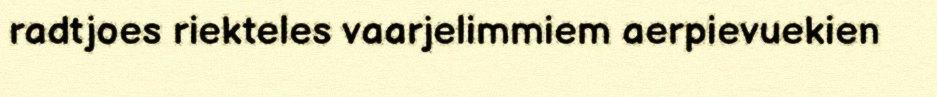
radtjoes riekteles vaarjelimmiem aerpievuekien